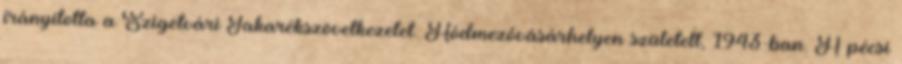
irányította a Szigetvári Takarékszövetkezetet. Hódmezôvásárhelyen született, 1943-ban. A pécsi